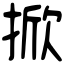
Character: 掀